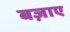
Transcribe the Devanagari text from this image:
बज़ाए